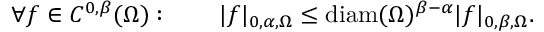
\forall f \in C ^ { 0 , \beta } ( \Omega ) : \qquad | f | _ { 0 , \alpha , \Omega } \leq \mathrm { d i a m } ( \Omega ) ^ { \beta - \alpha } | f | _ { 0 , \beta , \Omega } .